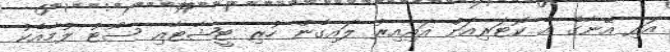
އަދި އޭނާގެ އެ ކޮޓަރިއަށް އައިއިރު ލައިގެން ހުރި ޓީޝާޓާއި ސޯޓު ލުމާއެކު